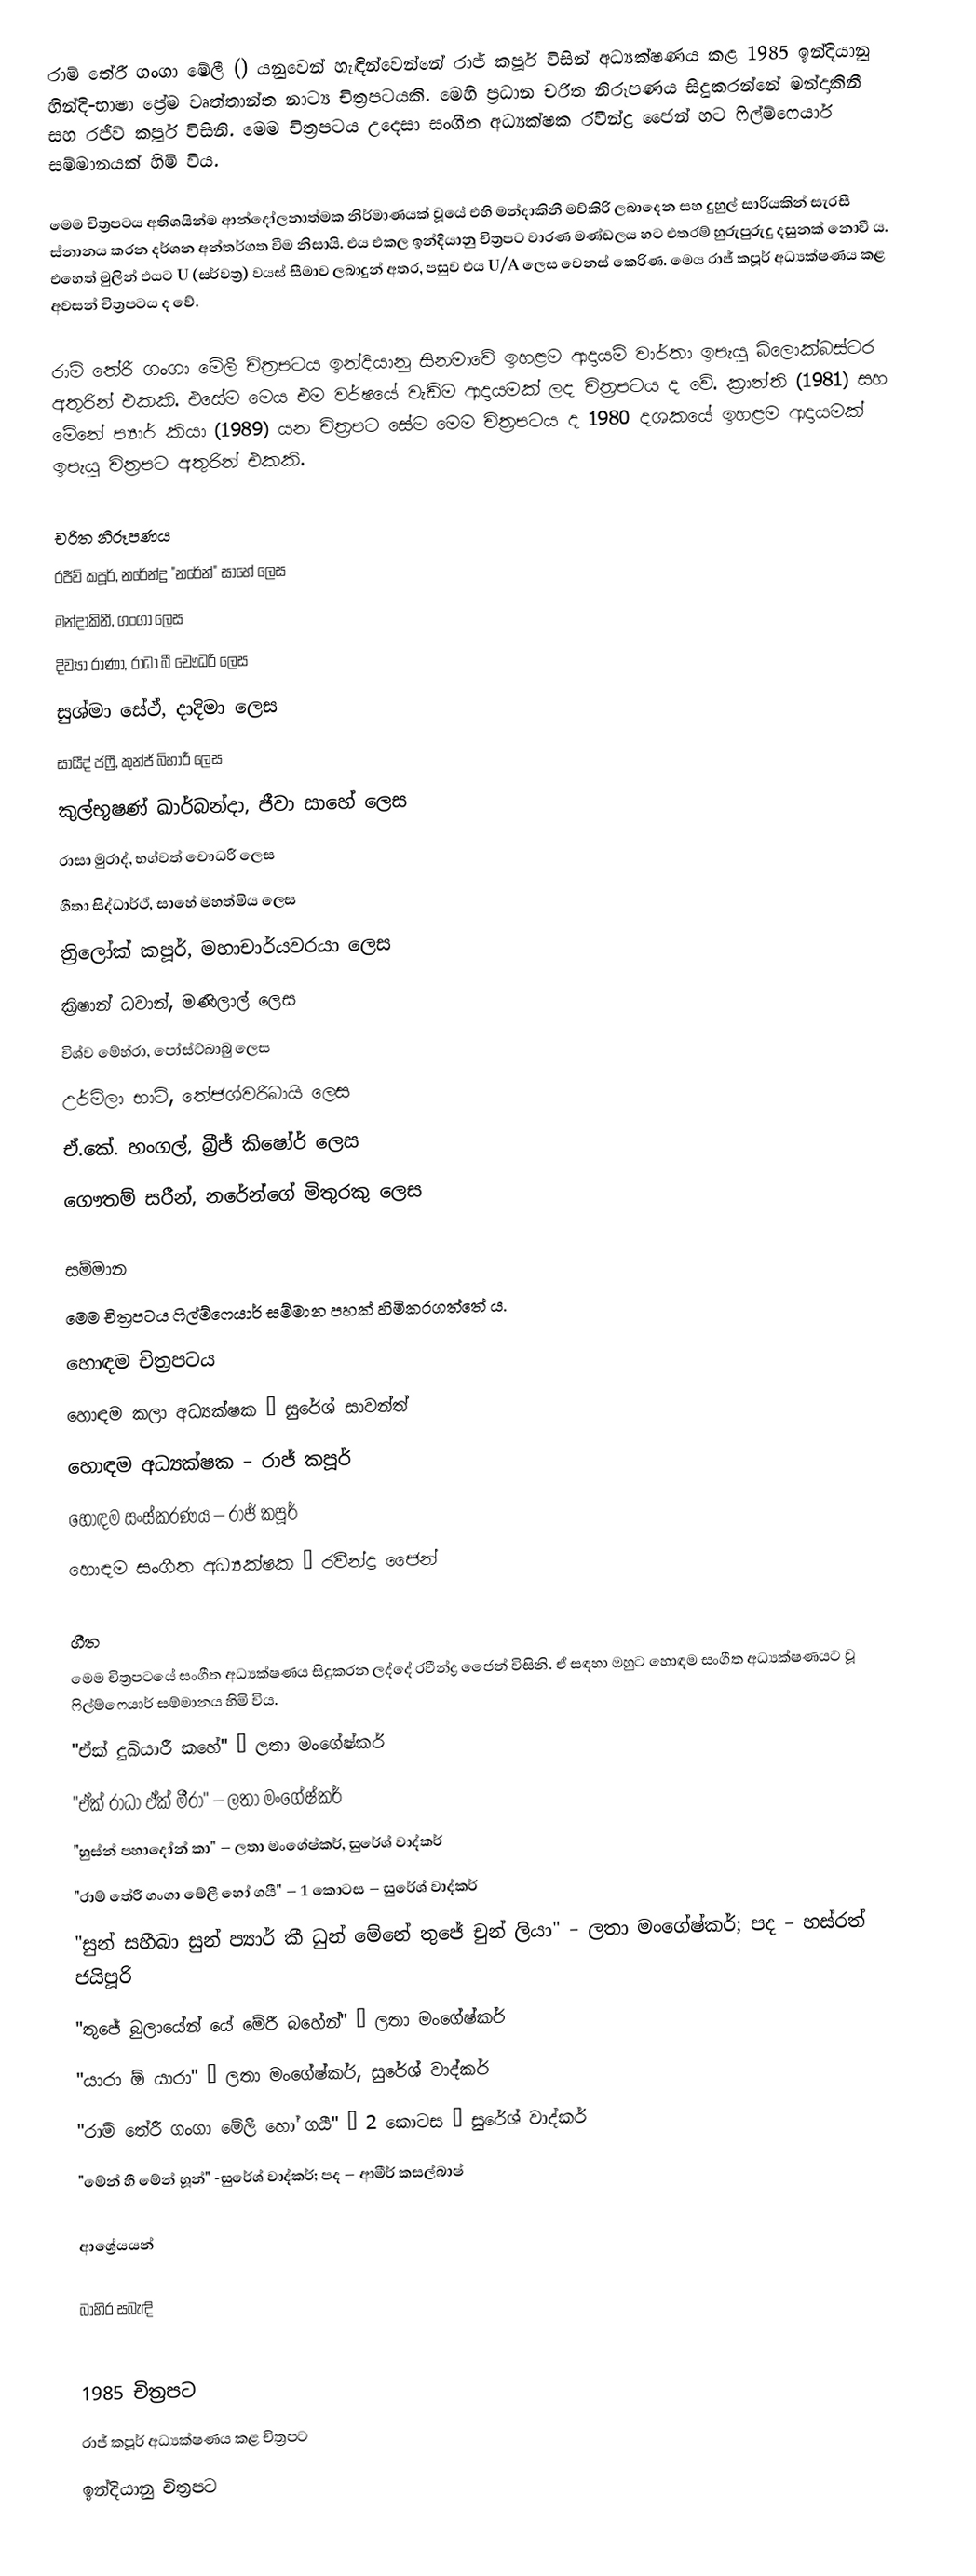
රාම් තේරී ගංගා මේලී () යනුවෙන් හැඳින්වෙන්නේ රාජ් කපූර් විසින් අධ්‍යක්ෂණය කළ 1985 ඉන්දියානු හින්දි-භාෂා ප්‍රේම වෘත්තාන්ත නාට්‍ය චිත්‍රපටයකි. මෙහි ප්‍රධාන චරිත නිරූපණය සිදුකරන්නේ මන්දාකිනී සහ රජීව් කපූර් විසිනි. මෙම චිත්‍රපටය උදෙසා සංගීත අධ්‍යක්ෂක රවීන්ද්‍ර ජෛන් හට ෆිල්ම්ෆෙයාර් සම්මානයක් හිමි විය.

මෙම චිත්‍රපටය අතිශයින්ම ආන්දෝලනාත්මක නිර්මාණයක් වූයේ එහි මන්දාකිනී මව්කිරි ලබාදෙන සහ දුහුල් සාරියකින් සැරසී ස්නානය කරන දර්ශන අන්තර්ගත වීම නිසායි. එය එකල ඉන්දියානු චිත්‍රපට වාරණ මණ්ඩලය හට එතරම් හුරුපුරුදු දසුනක් නොවී ය. එහෙත් මුලින් එයට U (සර්වත්‍ර) වයස් සීමාව ලබාදුන් අතර, පසුව එය U/A ලෙස වෙනස් කෙරිණ. මෙය රාජ් කපූර් අධ්‍යක්ෂණය කළ අවසන් චිත්‍රපටය ද වේ.

රාම් තේරී ගංගා මේලී චිත්‍රපටය ඉන්දියානු සිනමාවේ ඉහළම ආදායම් වාර්තා ඉපැයූ බ්ලොක්බස්ටර අතුරින් එකකි. එසේම මෙය එම වර්ෂයේ වැඩිම ආදායමක් ලද චිත්‍රපටය ද වේ. ක්‍රාන්ති (1981) සහ මේනේ ප්‍යාර් කියා (1989) යන චිත්‍රපට සේම මෙම චිත්‍රපටය ද 1980 දශකයේ ඉහළම ආදායමක් ඉපැයූ චිත්‍රපට අතුරින් එකකි.

චරිත නිරූපණය
 රජීව් කපූර්, නරේන්ද්‍ර "නරේන්" සාහේ ලෙස
 මන්දාකිනී, ගංගා ලෙස
 දිව්‍යා රාණා, රාධා බී චෞධරී ලෙස
 සුශ්මා සේථ්, දාදිමා ලෙස
 සායීද් ජෆ්‍රී, කුන්ජ් බිහාරී ලෙස
 කුල්භූෂණ් ඛාර්බන්දා, ජීවා සාහේ ලෙස
 රාසා මුරාද්, භග්වත් චෞධරී ලෙස
 ගීතා සිද්ධාර්ථ්, සාහේ මහත්මිය ලෙස
 ත්‍රිලෝක් කපූර්, මහාචාර්යවරයා ලෙස
 ක්‍රිෂාන් ධවාන්, මණිලාල් ලෙස
 විශ්ව මේහ්රා, පෝස්ට්බාබු ලෙස
 උර්මිලා භාට්, තේජශ්වරීබායි ලෙස
 ඒ.කේ. හංගල්, බ්‍රීජ් කිෂෝර් ලෙස
 ගෞතම් සරීන්, නරේන්ගේ මිතුරකු ලෙස

සම්මාන
මෙම චිත්‍රපටය ෆිල්ම්ෆෙයාර් සම්මාන පහක් හිමිකරගත්තේ ය.
 හොඳම චිත්‍රපටය
 හොඳම කලා අධ්‍යක්ෂක – සුරේශ් සාවන්ත්
 හොඳම අධ්‍යක්ෂක – රාජ් කපූර්
 හොඳම සංස්කරණය – රාජ් කපූර්
 හොඳම සංගීත අධ්‍යක්ෂක – රවීන්ද්‍ර ජෛන්

ගීත
මෙම චිත්‍රපටයේ සංගීත අධ්‍යක්ෂණය සිදුකරන ලද්දේ රවීන්ද්‍ර ජෛන් විසිනි. ඒ සඳහා ඔහුට හොඳම සංගීත අධ්‍යක්ෂණයට වූ ෆිල්ම්ෆෙයාර් සම්මානය හිමි විය.
 "ඒක් දුඛියාරී කහේ" – ලතා මංගේෂ්කර්
 "ඒක් රාධා ඒක් මීරා" – ලතා මංගේෂ්කර්
 "හුස්න් පහාදෝන් කා" – ලතා මංගේෂ්කර්, සුරේශ් වාද්කර්
 "රාම් තේරී ගංගා මේලී හෝ ගයී" – 1 කොටස – සුරේශ් වාද්කර්
 "සුන් සහීබා සුන් ප්‍යාර් කී ධුන් මේනේ තුජේ චුන් ලියා" – ලතා මංගේෂ්කර්; පද – හස්රත් ජයිපූරි
 "තුජේ බුලායේන් යේ මේරී බහේන්" – ලතා මංගේෂ්කර්
 "යාරා ඕ යාරා" – ලතා මංගේෂ්කර්, සුරේශ් වාද්කර්
 "රාම් තේරී ගංගා මේලී හෝ ගයී" – 2 කොටස – සුරේශ් වාද්කර්
 "මේන් හී මේන් හූන්" -සුරේශ් වාද්කර්; පද – ආමීර් කසල්බාෂ්

ආශ්‍රේයයන්

බාහිර සබැඳි

1985 චිත්‍රපට
රාජ් කපූර් අධ්‍යක්ෂණය කළ චිත්‍රපට
ඉන්දියානු චිත්‍රපට